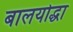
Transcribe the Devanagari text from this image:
बालयोद्धा